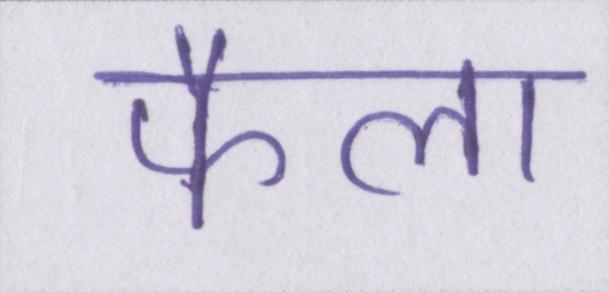
फैला